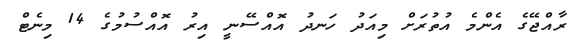
ރާއްޖޭގެ އެންމެ އުތުރަށް މިއަދު ހަނދު އޮއްސޭނީ އިރު އޮއްސުމުގެ 14 މިނެޓް